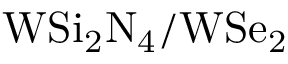
\mathrm { W S i _ { 2 } N _ { 4 } / W S e _ { 2 } }